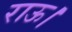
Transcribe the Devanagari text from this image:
राऊ।